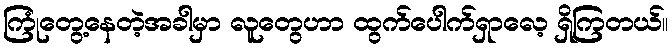
ကြုံတွေ့နေတဲ့အခါမှာ လူတွေဟာ ထွက်ပေါက်ရှာလေ့ ရှိကြတယ်။